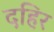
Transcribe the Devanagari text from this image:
दहिर